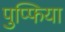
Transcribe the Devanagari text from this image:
पुप्फिया